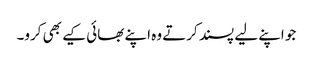
جو اپنے لیے پسند کرتے وہ اپنے بھائی کیے بھی کرو۔